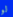
لو